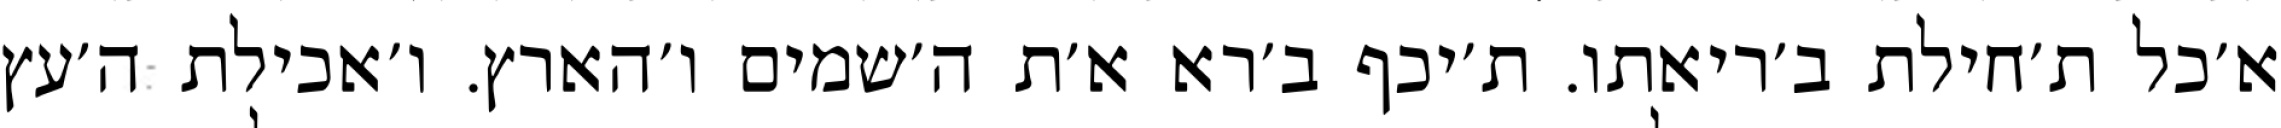
א׳כל ת׳חילת ב׳ריאתו. ת׳יכף ב׳רא א׳ת ה׳שמים ו׳הארץ. ו׳אכילת ה׳עץ